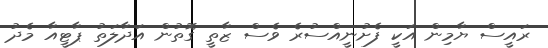
ރައީސް ޔާމިން އަކީ ފެށުނީއްސުރެ ވެސް ޒާތީ ގޮތުން އަދާލަތު ޕާޓީއާ މެދު